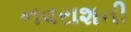
નવરાશની